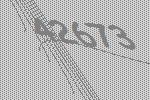
42673